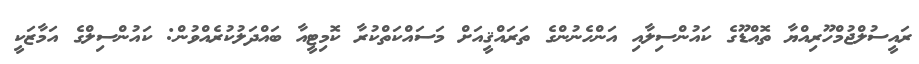
ރައީސުލްޖުމްހޫރިއްޔާ ތޮއްޑޫގެ ކައުންސިލާއި އަންހެނުންގެ ތަރައްޤީއަށް މަސައްކަތްކުރާ ކޮމިޓީއާ ބައްދަލުކުރެއްވުން: ކައުންސިލްގެ އަމާޒަކީ